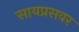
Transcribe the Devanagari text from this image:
सायप्रसवर